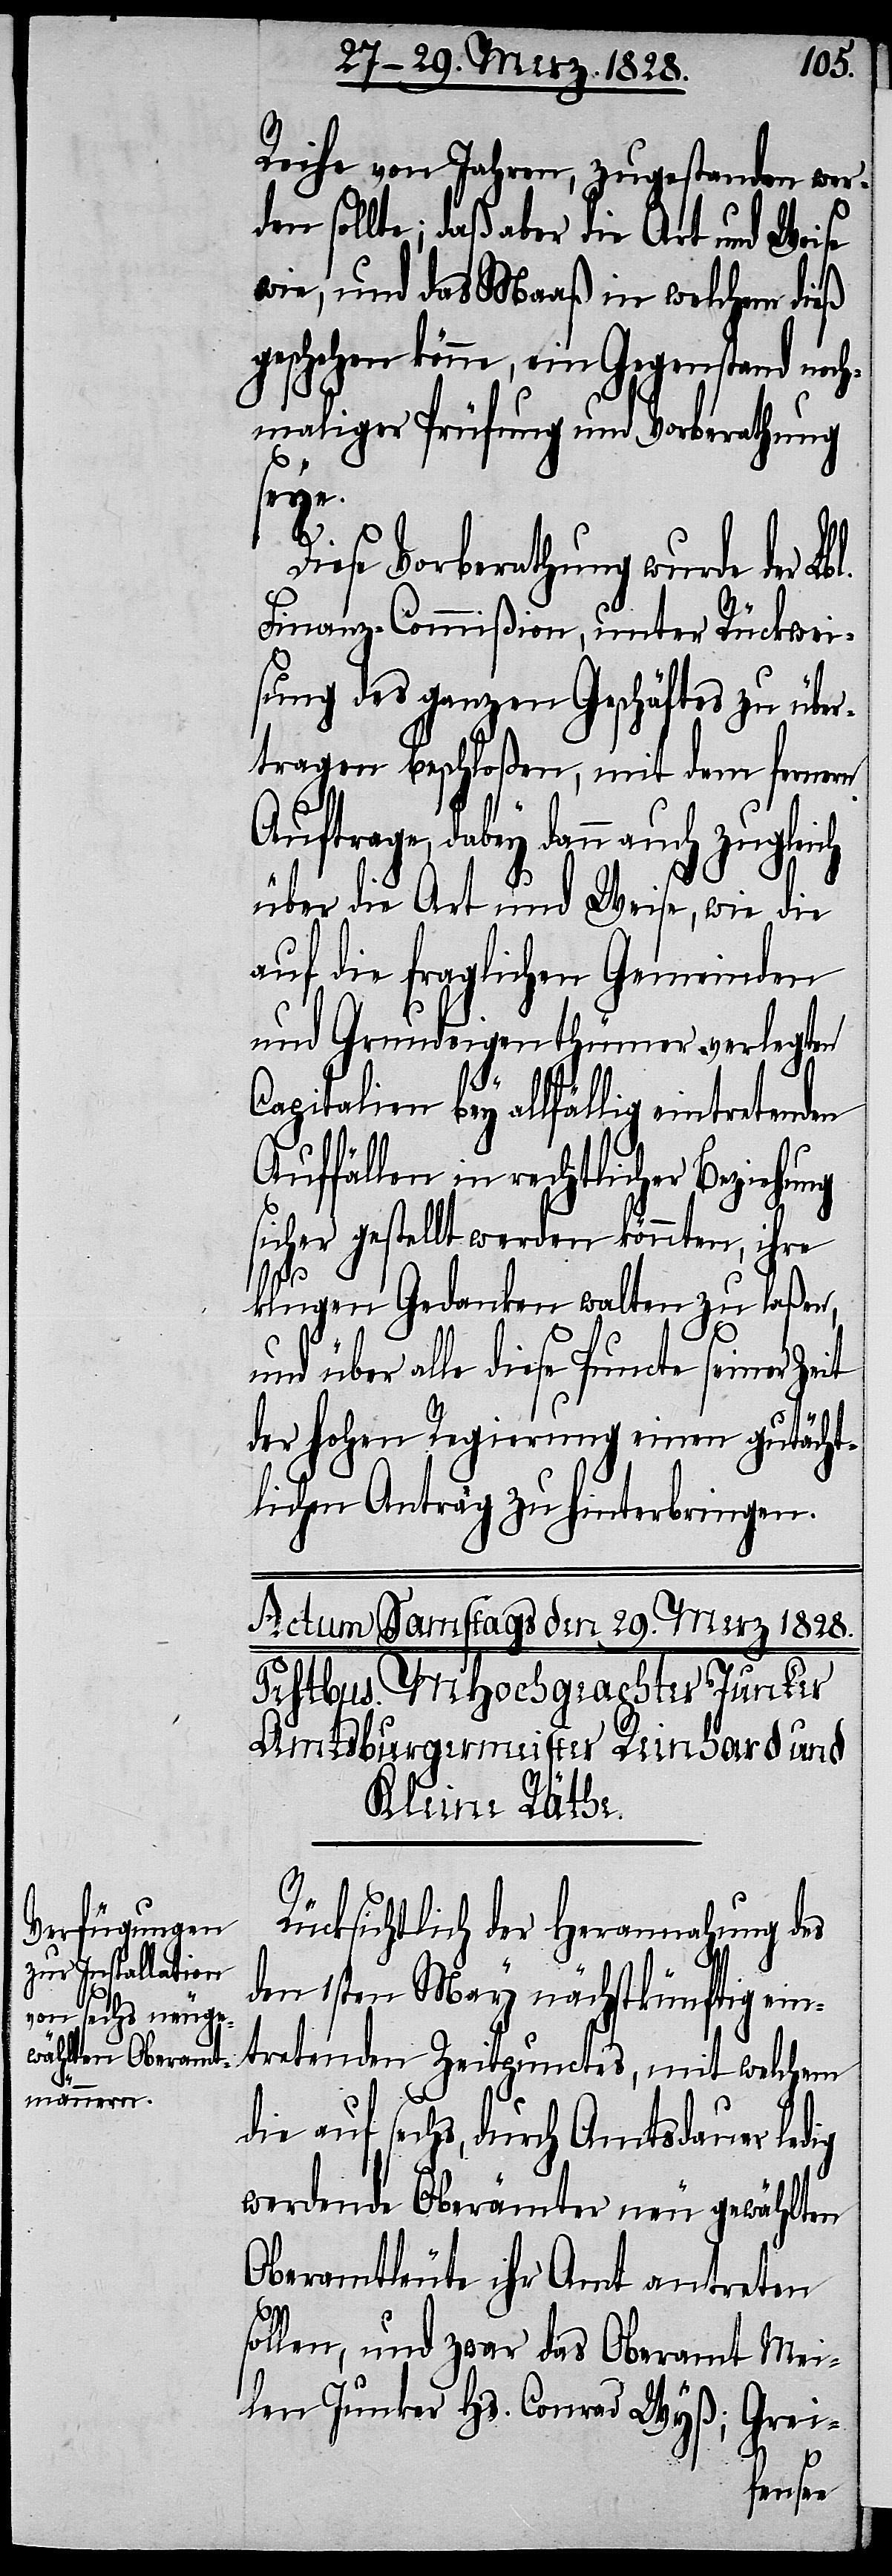
Reihe von Jahren, zugestanden wer¬
den sollte, daß aber die Art und Weise
wie, und das Maaß in welchem dieß
geschehen könne, ein Gegenstand noch¬
maliger Prüfung und Vorberathung
seye.
Diese Vorberathung wurde der Lbl.
Finanz-Commißion, unter Rückwei¬
sung des ganzen Geschäftes zu über¬
tragen beschloßen, mit dem fernern
Auftrage, dabey dann auch zugleich
über die Art und Weise, wie die
auf die fraglichen Gemeinden
und Grundeigenthümer verlegten
Capitalien bey allfällig eintretenden
Auffällen in rechtlicher Beziehung
sicher gestellt werden könnten, ihre
klugen Gedanken walten zu laßen,
und über alle diese Puncte seiner Zeit
der hohen Regierung einen gutächt¬
lichen Antrag zu hinterbringen.
Rücksichtlich der Herannahung des
den 1sten May nächstkünftig ein¬
tretenden Zeitpunctes, mit welchem
die auf sechs, durch Amtsdauer ledig
werdende Oberämter neu gewählten
Oberamtleute ihr Amt antreten
sollen, und zwar das Oberamt Mei¬
len Junker Hs. Conrad Wyß; Grei-